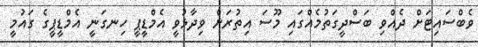
ވެބްސައިޓަށް ދެއްވި ބަސްދީގަތުމެއްގައި މޫސަ އިތުރަށް ވިދާޅުވީ އެމްޑީޕީ ހިނގަނީ އެމްޑީޕީގެ ގައުމީ